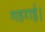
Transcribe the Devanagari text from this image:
गहराई।